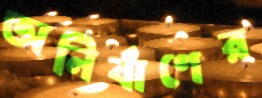
অনির্বাণের